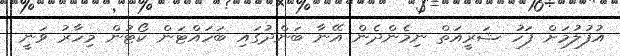
އުފުލުމަށް ފަހު ޝަރީއަތް ނިމެންދެން އޭނާ ބަންދުގައި ބަހައްޓަން ކޯޓުން މިހާރު ވަނީ